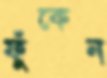
ফুঁকেন